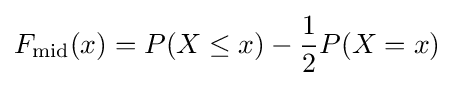
F_{\text{mid}}(x)=P(X\leq x)-{\frac {1}{2}}P(X=x)